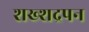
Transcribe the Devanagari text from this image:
शख्शद्रपन